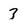
Character: 3